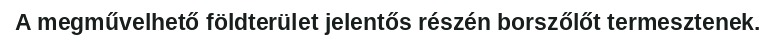
A megművelhető földterület jelentős részén borszőlőt termesztenek.